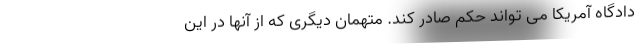
دادگاه آمریکا می تواند حکم صادر کند. متهمان دیگری که از آنها در این